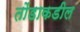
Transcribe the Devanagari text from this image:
तोंडाकडील